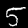
Label: 5